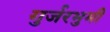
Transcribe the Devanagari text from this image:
गुर्जरभुमी